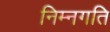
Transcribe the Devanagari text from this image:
निम्नगति